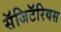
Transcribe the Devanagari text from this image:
सॅजिटॅरियस